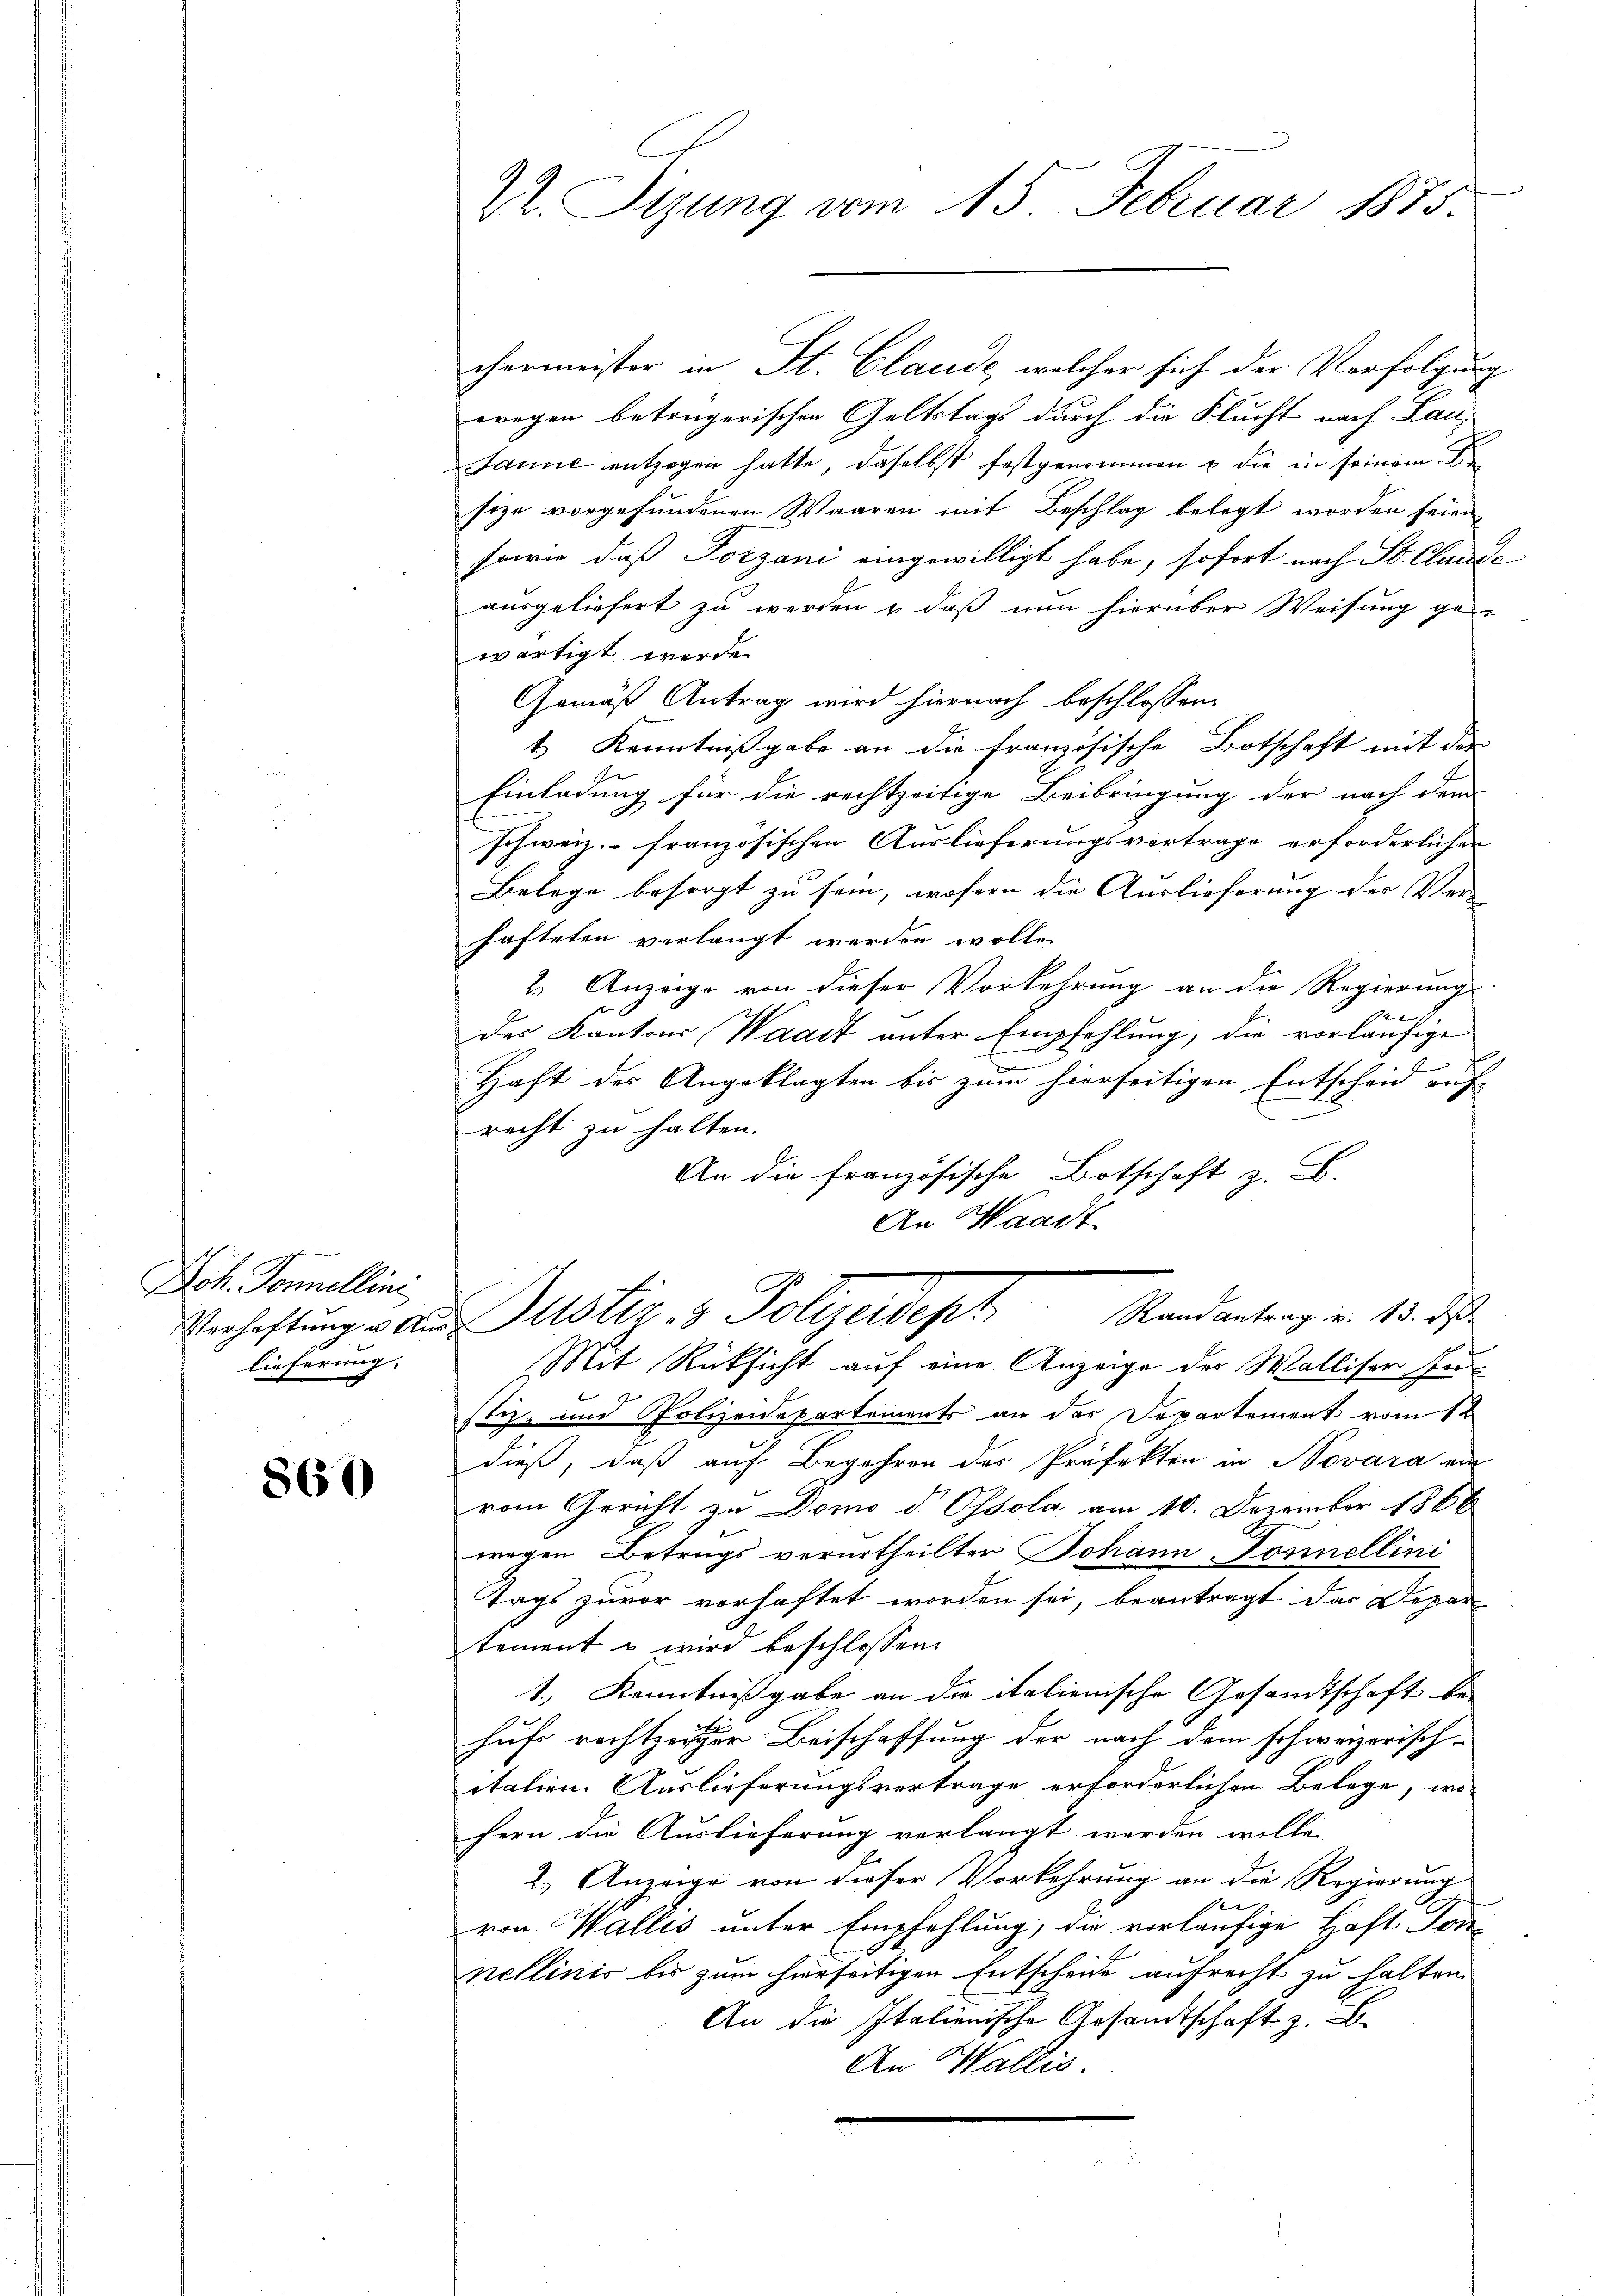
Doh. Sonnelline
lieferung.

860

chermeister in St. Claude, welcher sich der Verfolgung
wegen betrügerischen Geltstags durch die Flucht nach Lan¬
Janne entzogen hatte, daselbst festgenommen u die in seinem Be-
size vorgefundenen Waaren mit Beschlag belegt worden seien,
sarie, daß Pozzani eingewilligt habe, sofort nach St. Claude
ausgeliefert zu werden & daß nun hierüber Weisung gewärtigt werde.
Gemäß Antrag wird hiernach beschlossen:
1 Kenntnißgabe an die französische Botschaft mit der
b
Einladung für die rechtzeitige Beibringung der nach dem
schweiz. französischen Auslieferungsvertrage erforderlichen
Belege besorgt zu sein, wofern die Auslieferung der Ver-
hafteten verlangt werden wolle.
2 Anzeige von dieser Vorkehrung an die Regierung
4 x 1
des Kantons Waadt unter Empfehlung, die vorläufige
2
e
Haft des Angeklagten bis zum hierseitigen Entschen auf
recht zu halten.
An die französische Botschaft z. B.
An Waadt
Randantrag u. 13. d
Verhaftung v. der Justiz & Polizeideph
Mit Rüksicht auf eine Anzeige der Walliser Pu
stiz- und Polizeidepartements an das Departement vom 1t
dieß, daß auf Begehren der Präfekten in Novara ein
vom Gericht zu Domo d Ossola am 10. Dezember 1866
wegen Betrugs verurtheilter Johann-Tonnellini
Tags zuvor verhaftet worden sei, beantragt das Depar-
tement u wird beschlossen:
1.) Kenntnißgabe an die italienische Gesandtschaft be-
huf rechtzeiger Beischaffung der nach dem schweizerisch-
italien. Auslieferungsvertrage erforderlichen Belage, wo
fern die Auslieferung verlangt werden wolle.
2.) Anzeige von dieser Vorkehrung an die Regierung

ron Wallis unter Empfehlung, die vorläufige Haft Tor
nellinis bis zum hierseitigen Entscheide aufrecht zu halten.
An die Italienische Gesandtschaft z. B.
An Wallis.

2. Sizung vom 15. Februar 1875.